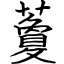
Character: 藑